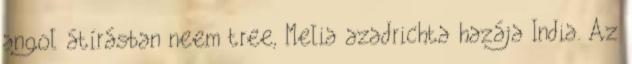
angol átírásban neem tree, Melia azadrichta hazája India. Az